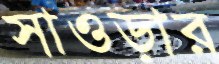
সাওড়ার